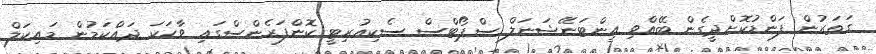
ގަތަރުން ފަންޑުކޮށްދީގެން ބޭއްވި އިންޓަނޭޝަނަލް ސްޕޯޓްސް ސެކިއުރިޓީ ކޮންފަރެންސްގައި ވާހަކަ ދައްކަމުން މައިކަލް